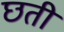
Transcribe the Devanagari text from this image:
छती